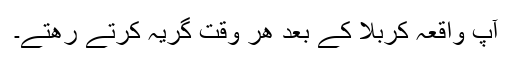
آپ واقعہ کربلا کے بعد ھر وقت گریہ کرتے رھتے۔